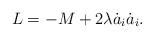
LaTeX: \begin{align*}L = -M + 2\lambda \dot{a}_i\dot{a}_i.\end{align*}